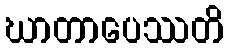
ဃာတာပေဿတိ